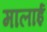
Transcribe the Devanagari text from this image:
मालाई